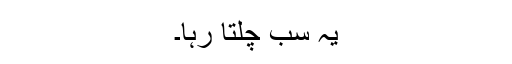
یہ سب چلتا رہا۔